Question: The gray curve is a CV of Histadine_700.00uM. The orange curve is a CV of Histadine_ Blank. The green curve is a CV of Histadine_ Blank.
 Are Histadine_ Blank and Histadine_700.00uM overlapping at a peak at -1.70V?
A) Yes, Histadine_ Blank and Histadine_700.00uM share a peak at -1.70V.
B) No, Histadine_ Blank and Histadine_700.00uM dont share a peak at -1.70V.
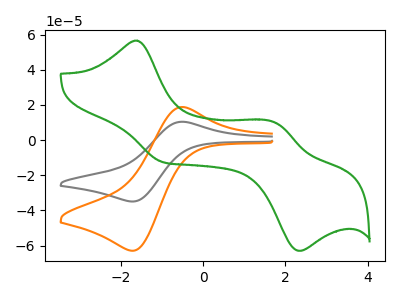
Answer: <think>The gray curve "Histadine_700.00uM" has an anodic peak at (-0.55V, 10.40uA) and a cathodic peak at (-1.70V, -34.90uA). The orange curve "Histadine_ Blank" has an anodic peak at (-0.55V, 18.75uA) and a cathodic peak at (-1.70V, -62.90uA). The green curve "Histadine_ Blank" has anodic peaks at (-1.65V, 56.55uA) (1.75V, 10.05uA) and cathodic peaks at (-1.00V, -12.50uA) (2.35V, -62.95uA).</think>
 <answer>A) Yes, "Histadine_ Blank" and "Histadine_700.00uM" share a peak at -1.70V.</answer>
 <eval>A</eval>